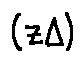
( z \Delta )